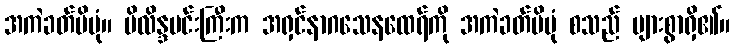
အကဲခတ်မိပုံ။ မိလိန္ဒမင်းကြီးက အရှင်နာဂသေနထေရ်ကို အကဲခတ်မိပုံ စသည် များစွာရှိ၏။